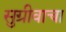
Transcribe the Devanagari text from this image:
सुग्रीवाचा